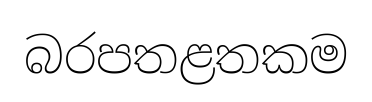
බරපතළතකම